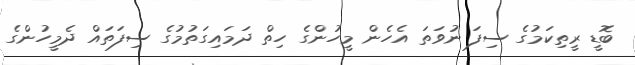
ބޮޑީ ރީތިކަމުގެ ސިފަ ނުވަތަ އެހެން މީހުންގެ ހިތް ދަމައިގަތުމުގެ ސިފަތައް ދެމީހުންގެ